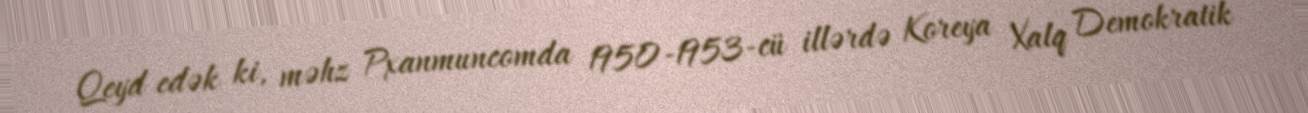
Qeyd edək ki, məhz Pxanmuncomda 1950-1953-cü illərdə Koreya Xalq Demokratik